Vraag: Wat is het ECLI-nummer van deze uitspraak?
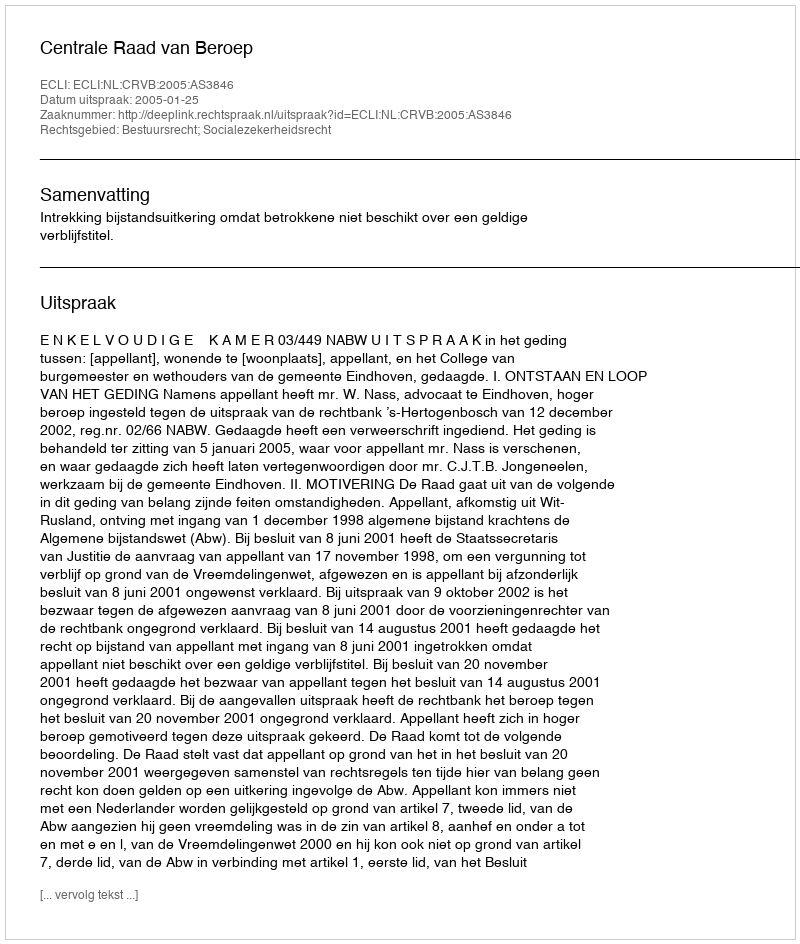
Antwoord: ECLI:NL:CRVB:2005:AS3846